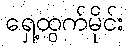
ရှေ့ထွက်မိုင်း